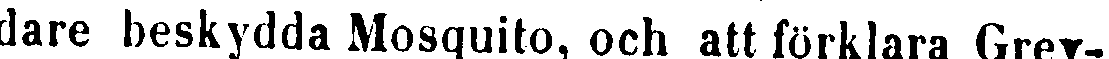
dare beskydda Mosquito, och att förklara Grey-